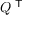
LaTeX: Q ^ { \textsf { T } }